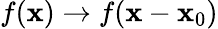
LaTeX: f(\mathbf{x})\rightarrow f(\mathbf{x}-\mathbf{x}_{0})